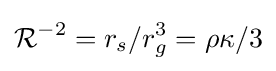
{\mathcal {R}}^{-2}=r_{s}/r_{g}^{3}=\rho \kappa /3